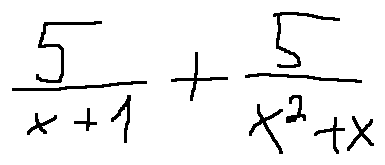
\frac { 5 } { x + 1 } + \frac { 5 } { x ^ { 2 } + x }